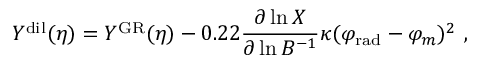
Y ^ { \mathrm { d i l } } ( \eta ) = Y ^ { \mathrm { G R } } ( \eta ) - 0 . 2 2 { \frac { \partial \ln X } { \partial \ln B ^ { - 1 } } } \kappa ( \varphi _ { \mathrm { r a d } } - \varphi _ { m } ) ^ { 2 } \ ,